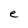
Character: e